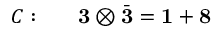
C : ~ ~ ~ ~ ~ { \bf 3 } \otimes \bar { \bf 3 } = { \bf 1 } + { \bf 8 }